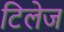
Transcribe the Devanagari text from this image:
टिलेज